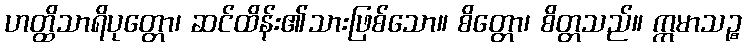
ဟတ္ထိသာရိပုတ္တော၊ ဆင်ထိန်း၏သားဖြစ်သော။ စိတ္တော၊ စိတ္တသည်။ ဣမာသဉ္စ